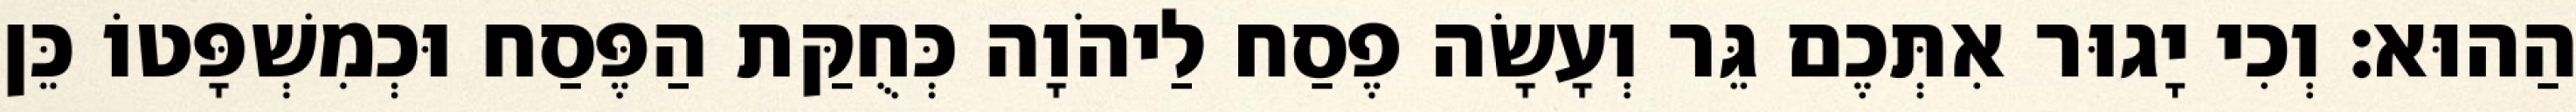
הַהוּא׃ וְכִי יָגוּר אִתְּכֶם גֵּר וְעָשָׂה פֶסַח לַיהֹוָה כְּחֻקַּת הַפֶּסַח וּכְמִשְׁפָּטוֹ כֵּן